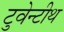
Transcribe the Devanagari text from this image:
टुवेन्टीथ